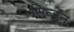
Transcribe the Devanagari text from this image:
सिन्डन